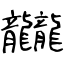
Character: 龖